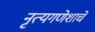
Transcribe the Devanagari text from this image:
नृत्यगणेशाचे